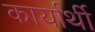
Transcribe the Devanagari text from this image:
कार्यार्थी